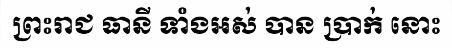
ព្រះរាជ ធានី ទាំងអស់ បាន ប្រាក់ នោះ